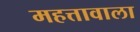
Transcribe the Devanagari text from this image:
महत्तावाला